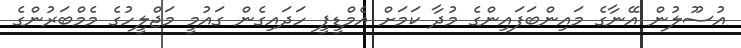
އުސޫލުން އޭނާގެ މައިންބަފައިންގެ މުދާ ކަމަށް އެމްޑީޕީ ހަދައިގެން ގައުމީ މަޖްލީހުގެ މެމްބަރުންގެ